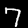
Digit: 7